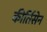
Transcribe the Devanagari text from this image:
कीर्तिसेन